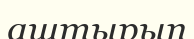
аштырып